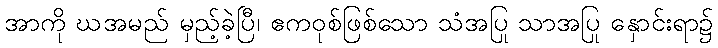
အာကို ဃအမည် မှည့်ခဲ့ပြီ၊ ဧကဝုစ်ဖြစ်သော သံအပြု သာအပြု နှောင်းရာ၌